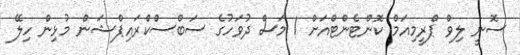
ސޮނީ ލިވް ޕްރީމިއަމް ކޮންޓެންޓްއަށް 1 މަސް ދުވަހުގެ ސަބްސްކްރައިޕްޝަން މުޅިން ހިލޭ